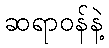
ဆရာဝန်နဲ့